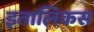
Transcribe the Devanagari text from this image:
इतालिकस